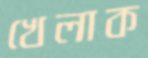
খেলাক